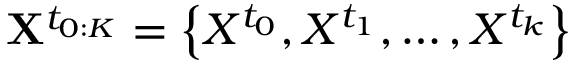
{ \bf { X } } ^ { t _ { 0 : K } } = \left\{ X ^ { t _ { 0 } } , X ^ { t _ { 1 } } , \ldots , X ^ { t _ { k } } \right\}